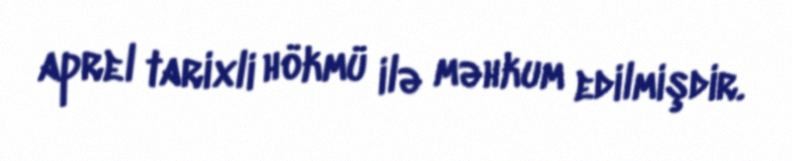
aprel tarixli hökmü ilə məhkum edilmişdir.